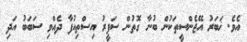
އެވެ. ޚަބަރު އޭޖެންސީތަކުން ބުނާ ގޮތުން ސަފީރު އިސްތިއުފާ ދެއްވި ސަބަބު އަދި